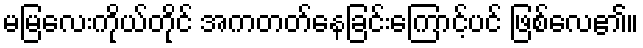
မမြလေးကိုယ်တိုင် အကတတ်နေခြင်းကြောင့်ပင် ဖြစ်လေ၏။